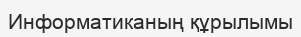
Информатиканың құрылымы